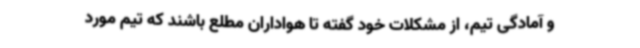
و آمادگی تیم، از مشکلات خود گفته تا هواداران مطلع باشند که تیم مورد